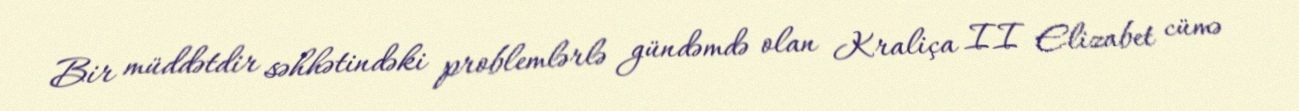
Bir müddətdir səhhətindəki problemlərlə gündəmdə olan Kraliça II Elizabet cümə